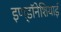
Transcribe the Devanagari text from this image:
इण्डॉनेशियाई